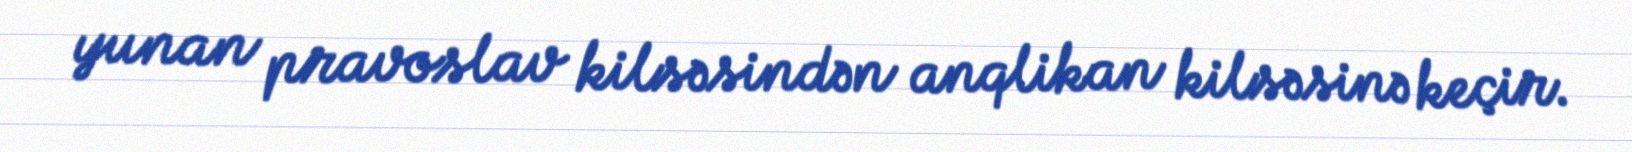
yunan pravoslav kilsəsindən anqlikan kilsəsinə keçir.